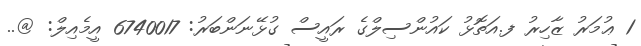
1 ޢުމަރު ޒާހިރު ފ.އަތޮޅު ކައުންސިލްގެ ރައީސް ގުޅޭނަންބަރު: 6740017 އީމެއިލް: @..